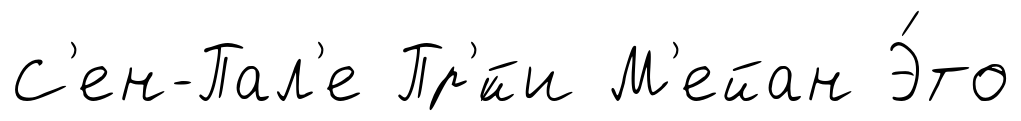
С'ен-Пал'е Пр'́йи М'ейан Э́то